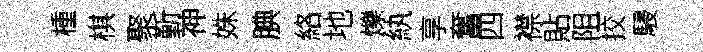
㮔棋聚斳神姝腆絡地爍紈享奮四襟貼阻挍駸